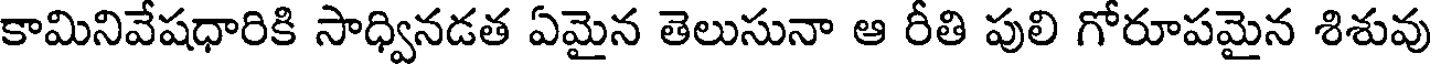
కామినివేషధారికి సాధ్వినడత ఏమైన తెలుసునా ఆ రీతి పులి గోరూపమైన శిశువు